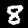
Digit: 8